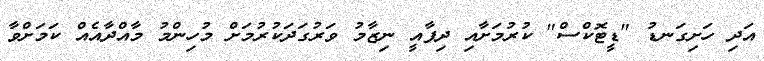
އަދި ހަށިގަނޑު "ޑީޓޮކްސް" ކުރުމަށާއި ދިފާއީ ނިޒާމު ވަރުގަދަކުރުމަށް މުހިންމު މާއްދާއެއް ކަމަށްވާ